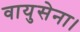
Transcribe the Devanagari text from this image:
वायुसेना।